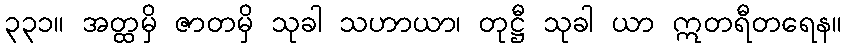
၃၃၁။ အတ္ထမှိ ဇာတမှိ သုခါ သဟာယာ၊ တုဋ္ဌီ သုခါ ယာ ဣတရီတရေန။